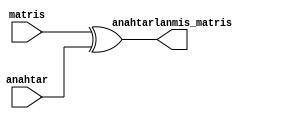
`timescale 1ns / 1ps

module Anahtar_Ekleme(
    input [127:0] matris,
    input [127:0] anahtar,
    output reg [127:0] anahtarlanmis_matris
    );
    
  always@* begin
    anahtarlanmis_matris = matris ^ anahtar;
  end
endmodule